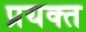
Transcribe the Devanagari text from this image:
प्रयक्त